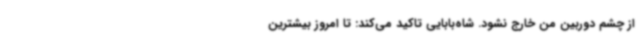
از چشم دوربین من خارج نشود. شاه‌بابایی تاکید می‌کند: تا امروز بیشترین